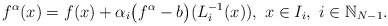
\begin{align*}f^\alpha(x)= f(x) + \alpha_i \big(f^\alpha-b\big)(L_i^{-1}(x)), ~x \in I_i,~i \in \mathbb{N}_{N-1}.\end{align*}